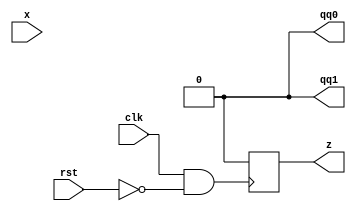
`timescale 1ns / 1ps
//////////////////////////////////////////////////////////////////////////////////
// Company: 
// Engineer: 
// 
// Design Name: 
// Module Name: twobit
// Project Name: 
// Target Devices: 
// Tool Versions: 
// Description: 
// 
// Dependencies: 
// 
// Revision:
// Revision 0.01 - File Created
// Additional Comments:
// 
//////////////////////////////////////////////////////////////////////////////////


module twobit(
    input x,clk,rst,
    output z,qq0,qq1
    );
reg r0,s0,r1,s1;
reg outs;
wire reset;
wire q0,qbar0,q1,qbar1;

assign reset=rst;
always @(reset==1) begin
    r0=1;s0=0;r1=1;s1=0;
end

//SR FF     
assign q0=~(qbar0|r0);
assign qbar0=~(q0|s0);
assign q1=~(qbar1|r1);
assign qbar1=~(q1|s1);

assign qq0=q0;
assign qq1=q1;


always @(negedge clk&&!reset) begin
outs=x&q0&q1;
s0=x&~q0&q1;
r0=x&q0&q1;
s1=x&~q1;
r1=x&q1;
end
assign z=outs;

endmodule